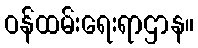
ဝန်ထမ်းရေးရာဌာန။